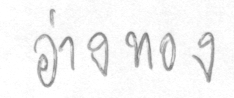
อ่างทอง